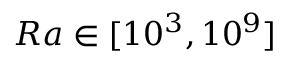
R a \in [ 1 0 ^ { 3 } , 1 0 ^ { 9 } ]